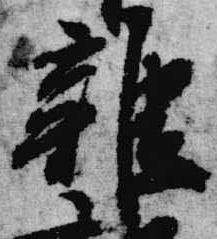
雑